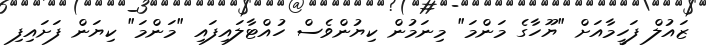
ޒައުލް ފަހީމާއަށް "ޔޫހާގެ މަންމަ" މިނަމުން ކިޔުންވެސް ހުއްޓާލައިފައި "މަންމަ" ކިޔަން ފަށައިފި